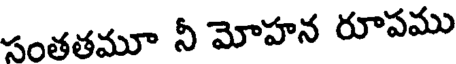
సంతతమూ నీ మోహన రూపము